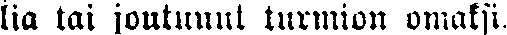
lia tai joutunut turmion omaksi.